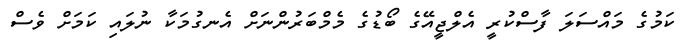
ކަމުގެ މައްސަލަ ފާސްކުރީ އެލްޖީއޭގެ ބޯޑުގެ މެމްބަރުންނަށް އެނގުމަކާ ނުލައި ކަމަށް ވެސް